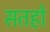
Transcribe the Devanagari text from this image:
सतहो